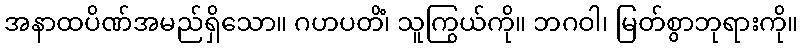
အနာထပိဏ်အမည်ရှိသော။ ဂဟပတိံ၊ သူကြွယ်ကို။ ဘဂဝါ၊ မြတ်စွာဘုရားကို။